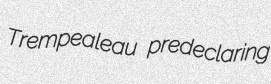
Trempealeau predeclaring